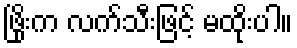
ဖြိုးက လက်သီးဖြင့် မထိုးပါ။